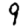
Digit: 9